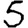
Digit: 5